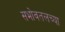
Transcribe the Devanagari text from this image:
सभोवतलच्या